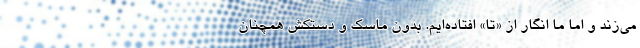
می‌زند و اما ما انگار از «تا» افتاده‌ایم. بدون ماسک و دستکش همچنان